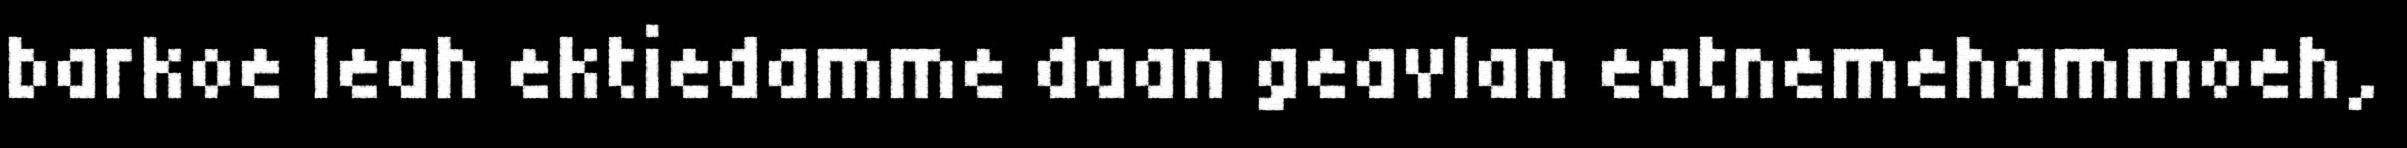
barkoe leah ektiedamme daan geavlan eatnemehammoeh,